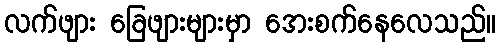
လက်ဖျား ခြေဖျားများမှာ အေးစက်နေလေသည်။